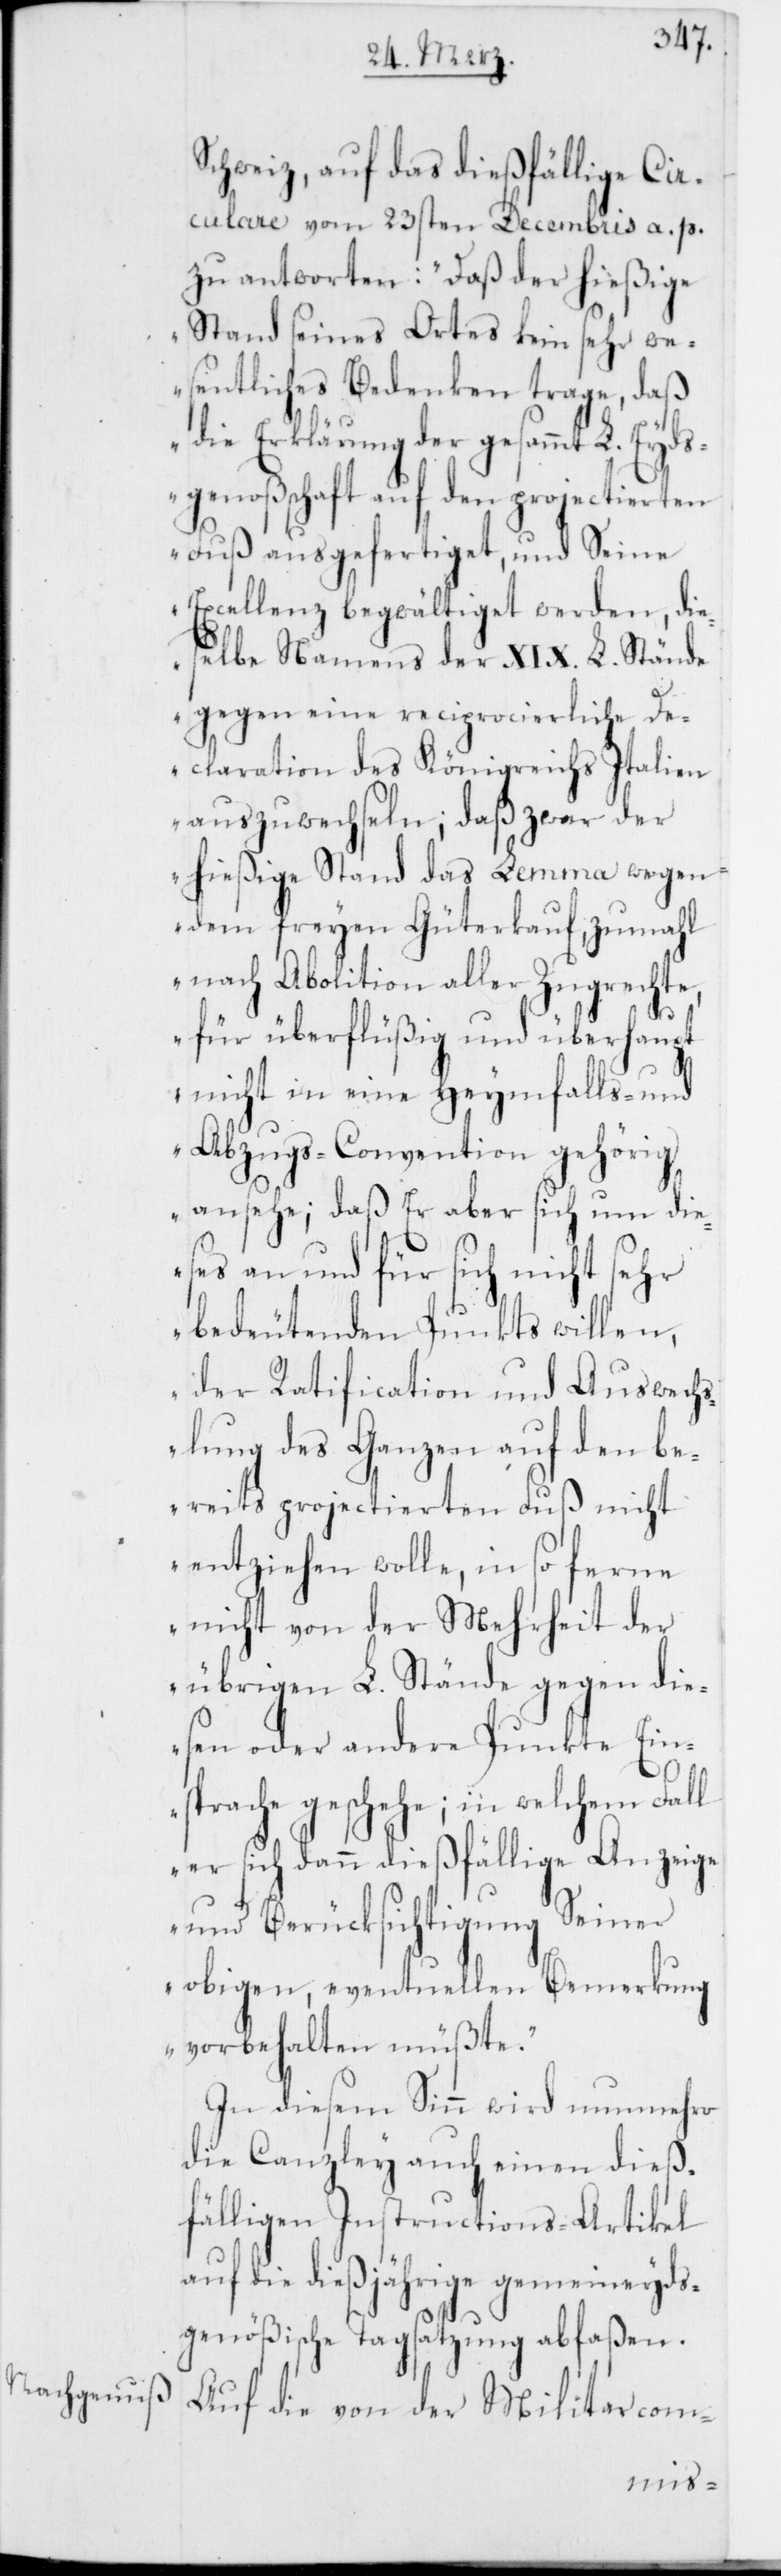
Schweiz, auf das dießfällige Cir¬
culare vom 23sten Decembris a. p.
zu antworten: „Daß der hießige
Stand seines Ortes kein sehr we¬
sentliches Bedenken trage, daß
die Erklärung der gesammt L. Eyds¬
genoßschaft auf den projectierten
Fuß ausgefertiget, und Seine
Excellenz, begwältiget werden, die¬
selbe Namens der XIX. L. Stände
gegen eine reciprocierliche De¬
claration des Königreichs Italien
auszuwechseln; daß zwar der
hießige Stand das Lemma wegen
dem freyen Güterkauf, zumahl
nach Abolition aller Zugrechte,
für überflüßig und überhaupt
nicht in eine Heymfalls- und
Abzugs-Convention gehörig
ansehe; daß Er aber sich um die¬
ses an und für sich nicht sehr
bedeutenden Punkts willen,
der Ratification und Auswechs¬
lung des Ganzen auf den be¬
reits projectierten Fuß nicht
entziehen wolle, in so ferne
nicht von der Mehrheit der
übrigen L. Stände gegen die¬
sen oder andere Punkte Ein¬
sprache geschehe; in welchem Fall
er sich dann dießfällige Anzeige
und Berücksichtigung seiner
obigen, eventuellen Bemerkung
vorbehalten müßte.“
In diesem Sinn wird nunmehro
die Canzley auch einen dieß¬
fälligen Instructions-Artikel
auf die dießjährige gemeineyds¬
genößische Tagsatzung abfaßen.